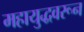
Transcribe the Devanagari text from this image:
महायुद्धवरून